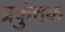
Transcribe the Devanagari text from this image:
प्रकुंचक